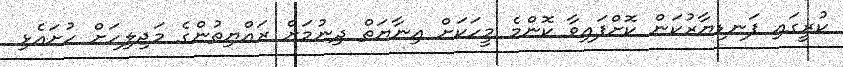
ކުރީގައި ފަނޑިޔާރުކަން ކޮށްފައިވާ ކޮންމެ މީހަކަށް އިނާޔަތް ދިނުމަށް ރައްޔިތުންގެ މަޖިލިހަށް ހުށައެޅި